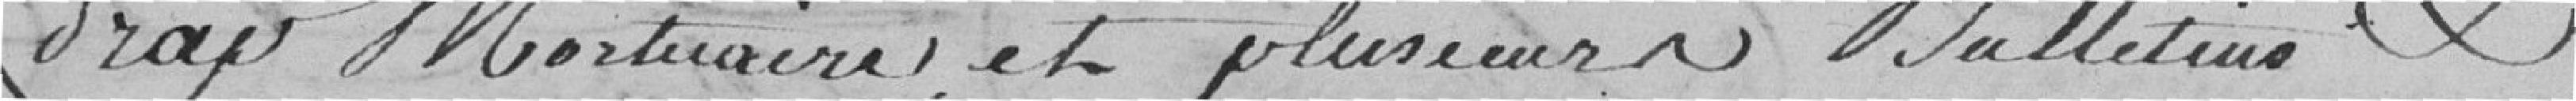
draps mortuaires et plusieurs bulletins